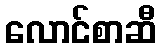
လောင်စာဆီ